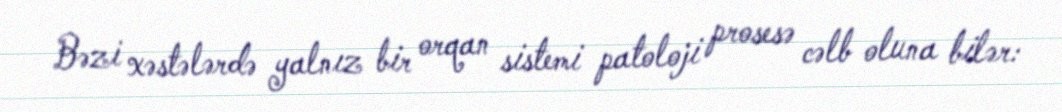
Bəzi xəstələrdə yalnız bir orqan sistemi patoloji prosesə cəlb oluna bilər: